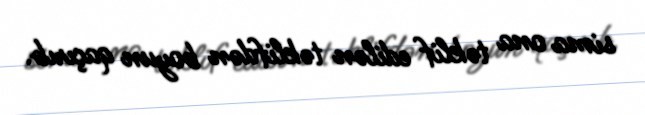
sima ona təklif edilən təklifdən boyun qaçırıb.